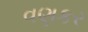
વણકર